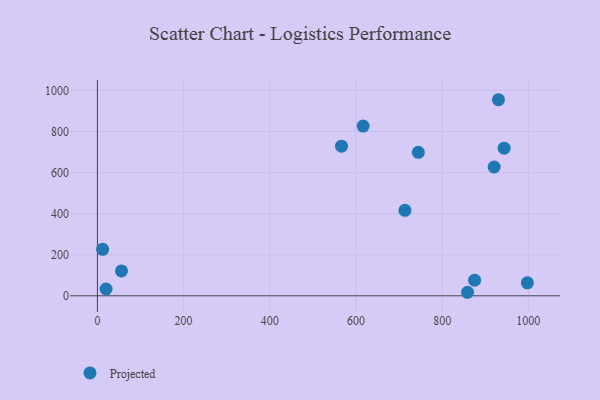
{"axis": {"x": "Engine Size", "y": "Profit"}, "legend": ["Projected"], "data": [{"x": "55.9", "y": 121.4, "type": "Projected"}, {"x": "858.9", "y": 17.2, "type": "Projected"}, {"x": "943.8", "y": 718.7, "type": "Projected"}, {"x": "875.4", "y": 76.0, "type": "Projected"}, {"x": "920.7", "y": 627.3, "type": "Projected"}, {"x": "744.8", "y": 698.7, "type": "Projected"}, {"x": "997.8", "y": 63.2, "type": "Projected"}, {"x": "616.6", "y": 826.5, "type": "Projected"}, {"x": "12.1", "y": 226.2, "type": "Projected"}, {"x": "20.1", "y": 33.2, "type": "Projected"}, {"x": "566.4", "y": 728.5, "type": "Projected"}, {"x": "930.7", "y": 954.8, "type": "Projected"}, {"x": "713.7", "y": 416.1, "type": "Projected"}]}